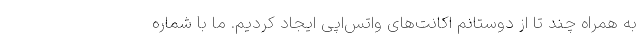
به همراه چند تا از دوستانم اکانت‌های واتس‌اپی ایجاد کردیم. ما با شماره